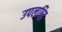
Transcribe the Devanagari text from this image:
उपलब्द्धि